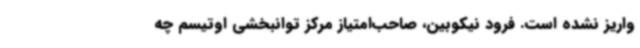
واریز نشده است. فرود نیکوبین، صاحب‌امتیاز مرکز توانبخشی اوتیسم چه